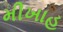
મીખાહ